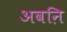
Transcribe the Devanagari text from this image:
अवऩि